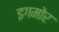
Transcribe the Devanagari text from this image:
इगमोर